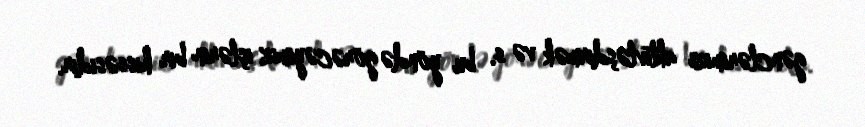
gənclərimizi aktivləşdirmək və s. bu yöndə görəcəyimiz işlərin bir hissəsidir.